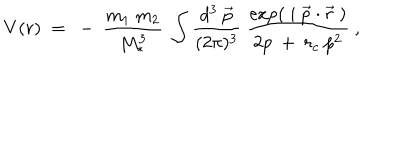
V ( r ) ~ = ~ - ~ { \frac { m _ { 1 } ~ m _ { 2 } } { M _ { * } ^ { 3 } } } ~ \int { \frac { d ^ { 3 } ~ \vec { p } } { ( 2 \pi ) ^ { 3 } } } ~ { \frac { \exp ( ~ i ~ \vec { p } \cdot \vec { r } ~ ) } { 2 p ~ + ~ r _ { c } ~ { p } ^ { 2 } } } ~ ,